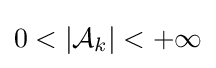
0<|{\mathcal {A}}_{k}|<+\infty